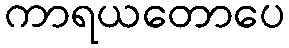
ကာရယတောပေ